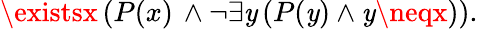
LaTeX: \existsx\, (P(x)\, \wedge\neg\exists\mathit{y}\, (P(\mathit{y})\wedge\mathit{y}\neqx)).